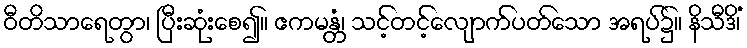
ဝီတိသာရေတွာ၊ ပြီးဆုံးစေ၍။ ဧကမန္တံ၊ သင့်တင့်လျောက်ပတ်သော အရပ်၌။ နိသီဒိံ၊